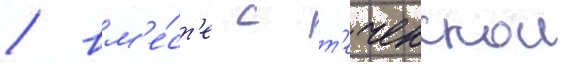
/ вм'е́ст'е с т'еченскои